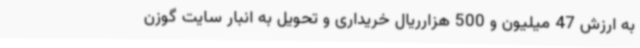
به ارزش 47 میلیون و 500 هزارریال خریداری و تحویل به انبار سایت گوزن